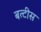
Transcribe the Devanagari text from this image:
बत्टीस